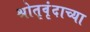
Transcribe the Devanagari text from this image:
श्रोतृवृंदाच्या